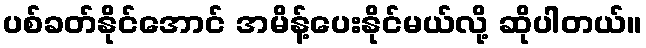
ပစ်ခတ်နိုင်အောင် အမိန့်ပေးနိုင်မယ်လို့ ဆိုပါတယ်။